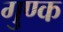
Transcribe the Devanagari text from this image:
गुण्क